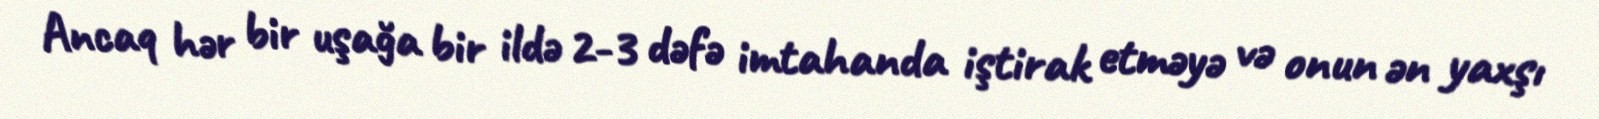
Ancaq hər bir uşağa bir ildə 2-3 dəfə imtahanda iştirak etməyə və onun ən yaxşı